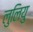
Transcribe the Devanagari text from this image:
लुलियु